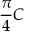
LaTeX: { \frac { \pi } { 4 } } C \,